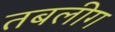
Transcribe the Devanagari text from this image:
तबलीग